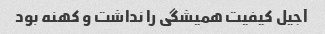
آجیل کیفیت همیشگی را نداشت و کهنه بود